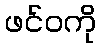
ဖင်ဝကို